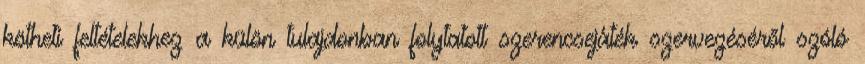
kötheti feltételekhez a külön tulajdonban folytatott szerencsejáték szervezéséről szóló